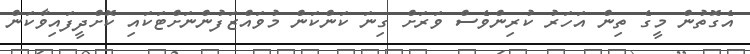
އެގޮތުން މީގެ ތިން އަހަރު ކުރިންވެސް ވަރަށް ގިނަ ކަންކަން މުވައްޒަފުންނަށްޓަކައި ކޮށްދީފައިވާކަން